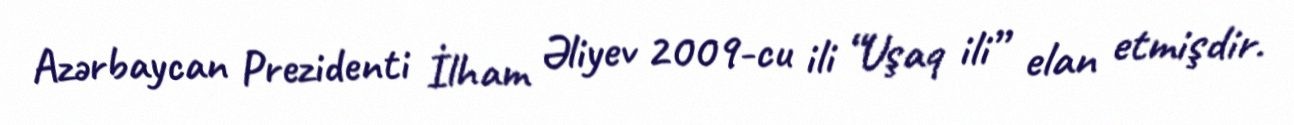
Azərbaycan Prezidenti İlham Əliyev 2009-cu ili “Uşaq ili” elan etmişdir.